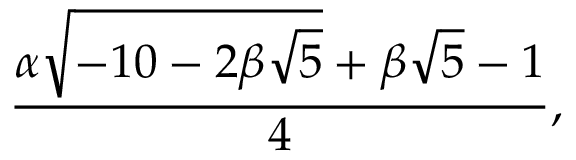
{ \frac { \alpha { \sqrt { - 1 0 - 2 \beta { \sqrt { 5 } } } } + \beta { \sqrt { 5 } } - 1 } { 4 } } ,